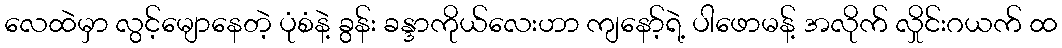
လေထဲမှာ လွင့်မျောနေတဲ့ ပုံစံနဲ့ ခွန်း ခန္ဒာကိုယ်လေးဟာ ကျနော့်ရဲ့ ပါဖောမန့် အလိုက် လှိုင်းဂယက် ထ